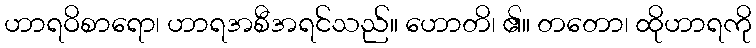
ဟာရဝိစာရော၊ ဟာရအစီအရင်သည်။ ဟောတိ၊ ၏။ တတော၊ ထိုဟာရကို